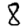
Digit: 8